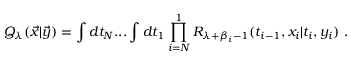
{ \cal Q } _ { \lambda } ( { \vec { x } } | { \vec { y } } ) = \int d t _ { N } . . . \int d t _ { 1 } \prod _ { i = N } ^ { 1 } R _ { \lambda + \beta _ { i } - 1 } ( t _ { i - 1 } , x _ { i } | t _ { i } , y _ { i } ) ~ .